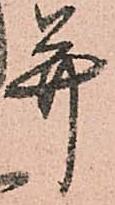
并